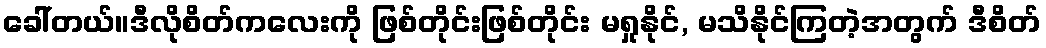
ခေါ်တယ်။ဒီလိုစိတ်ကလေးကို ဖြစ်တိုင်းဖြစ်တိုင်း မရှုနိုင်, မသိနိုင်ကြတဲ့အတွက် ဒီစိတ်